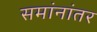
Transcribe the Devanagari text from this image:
समांनांतर